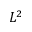
L ^ { 2 }